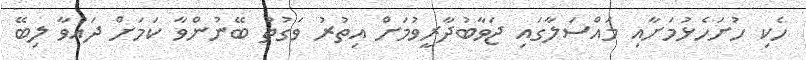
ހެކި ހުށަހެޅުމަށާއި މައްސަލާގައި ޖަވާބުދާރީވުމަށް އިތުރު ވަގުތު ބޭނުންވާ ކަމަށް ދައުވާ ލިބޭ